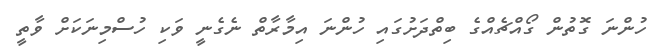
ހުންނަ ގޮތުން ގޯއްޗެއްގެ ބިތްދަށުގައި ހުންނަ އިމާރާތް ނެގެނީ ވަކި ހުސްމިނަކަށް ވާތީ